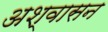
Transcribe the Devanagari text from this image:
अश्वासन